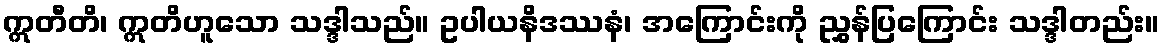
ဣတီတိ၊ ဣတိဟူသော သဒ္ဒါသည်။ ဥပါယနိဒဿနံ၊ အကြောင်းကို ညွှန်ပြကြောင်း သဒ္ဒါတည်း။